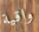
واقية